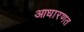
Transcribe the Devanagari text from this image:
आधारणत